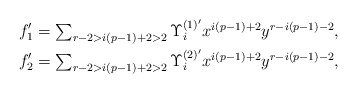
\begin{align*}f_1' & \textstyle = \sum_{r - 2 > i(p-1) + 2 > 2} \Upsilon_i^{(1)'} x^{i(p-1)+2}y^{r-i(p-1)-2}, \\f_2' & \textstyle = \sum_{r - 2 > i(p-1) + 2 > 2} \Upsilon_i^{(2)'} x^{i(p-1)+2}y^{r-i(p-1)-2},\end{align*}